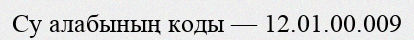
Су алабының коды — 12.01.00.009